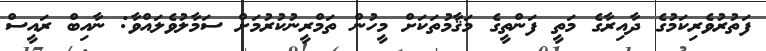
ފަތުރުވެރިކަމުގެ ދާއިރާގެ މަތީ ފަންތީގެ މަޤާމުތަކަށް މީހުން ތަމްރީނުކުރުމަށް ސަމާލުވެލައްވާ: ނާއިބް ރައީސް